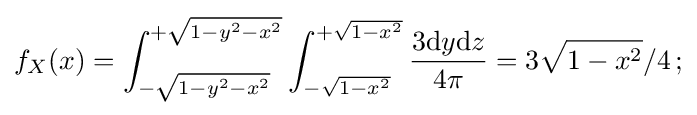
f_{X}(x)=\int _{-{\sqrt {1-y^{2}-x^{2}}}}^{+{\sqrt {1-y^{2}-x^{2}}}}\int _{-{\sqrt {1-x^{2}}}}^{+{\sqrt {1-x^{2}}}}{\frac {3\mathrm {d} y\mathrm {d} z}{4\pi }}=3{\sqrt {1-x^{2}}}/4\,;